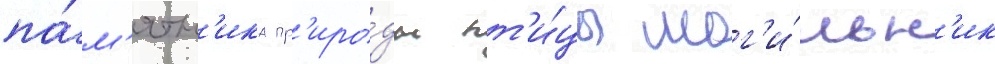
па́м'ятн'ика пр'иро́ды пт'и́цы мог'и́льн'ик